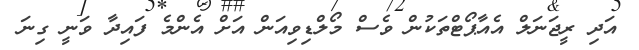
އަދި ރީޖަނަލް އެއާޕޯޓްތަކުން ވެސް މޯލްޑިވިއަން އަށް އެންމެ ފައިދާ ވަނީ ގިނަ